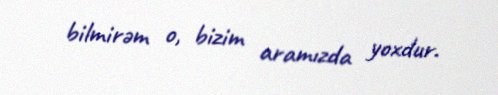
bilmirəm o, bizim aramızda yoxdur.